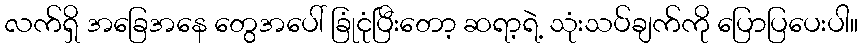
လက်ရှိ အခြေအနေ တွေအပေါ် ခြုံငုံပြီးတော့ ဆရာ့ရဲ့ သုံးသပ်ချက်ကို ပြောပြပေးပါ။